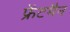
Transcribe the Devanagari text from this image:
फ्रेंटमैन